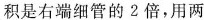
积是右端细管的2倍，用两